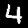
Digit: 4